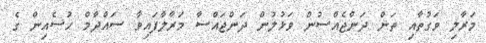
މަރާލި ވަގުތާއި ތަން ދަންޖެއްސުން ވަޅުލުން ދަންޖައްސާ މަރާލާފައިވާ ސައްދާމް ހުސެއިން ގެ